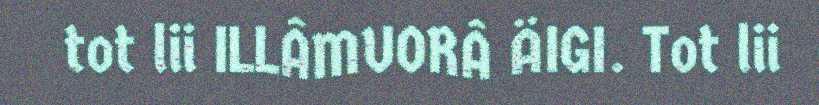
tot lii ILLÂMUORÂ ÄIGI. Tot lii